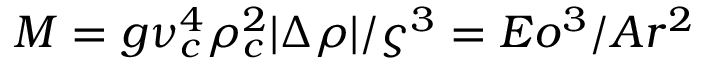
M = g \nu _ { c } ^ { 4 } \rho _ { c } ^ { 2 } | \Delta \rho | / \varsigma ^ { 3 } = E o ^ { 3 } / A r ^ { 2 }